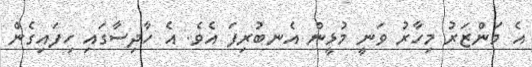
އެ މަންޒަރު މިހާރު ވަނީ މުޅީން އެނބުރިފަ އެވެ. އެ ހާދިސާގައި ހިފައިގެން